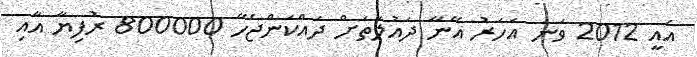
އެއީ 2012 ވަނަ އަހަރު އޭނާ ދައުލަތަށް ދައްކަންޖެހޭ 800000 ރުފިޔާ އާއި